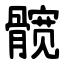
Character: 髋